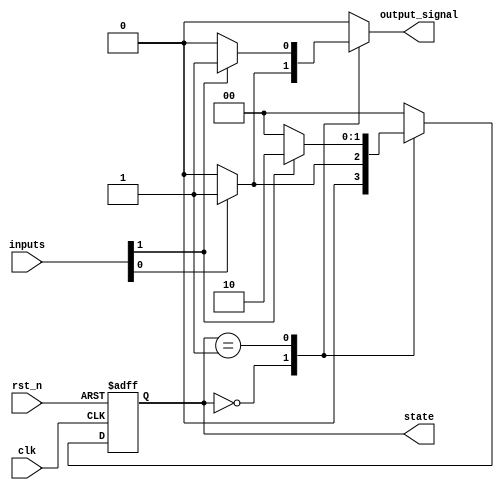
module mealy_fsm #(parameter N = 2, // Bit-width of the state
                   parameter M = 2) // Number of inputs
(
    input wire clk,                  // Clock input
    input wire rst_n,                // Active low reset
    input wire [M-1:0] inputs,      // Input signals
    output reg [N-1:0] state,       // Current state
    output reg output_signal         // Output signal
);

// State encoding
localparam STATE0 = 2'b00;
localparam STATE1 = 2'b01;
localparam STATE2 = 2'b10;

// Next state logic
reg [N-1:0] next_state;

// State transition
always @(*) begin
    case (state)
        STATE0: begin
            if (inputs[0]) begin
                next_state = STATE1;
                output_signal = 1'b1; // Output can change based on input
            end else begin
                next_state = STATE0;
                output_signal = 1'b0;
            end
        end
        STATE1: begin
            if (inputs[1]) begin
                next_state = STATE2;
                output_signal = 1'b1;
            end else begin
                next_state = STATE0;
                output_signal = 1'b0;
            end
        end
        STATE2: begin
            next_state = STATE0; // Default transition
            output_signal = 1'b0; // Output can change based on input
        end
        default: begin
            next_state = STATE0; // Fallback to the initial state
            output_signal = 1'b0;
        end
    endcase
end

// State register (synchronous)
always @(posedge clk or negedge rst_n) begin
    if (!rst_n) begin
        state <= STATE0; // Reset to initial state
    end else begin
        state <= next_state; // Update state on clock edge
    end
end

endmodule